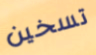
تسخين